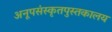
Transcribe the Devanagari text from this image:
अनूपसंस्कृतपुस्तकालय